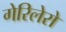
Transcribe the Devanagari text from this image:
गेरिलेरो